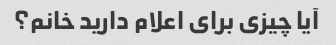
آیا چیزی برای اعلام دارید خانم؟